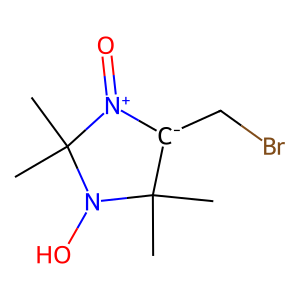
SMILES: CC1(C)[C-](CBr)[N+](=O)C(C)(C)N1O
Inhibits HIV replication: No